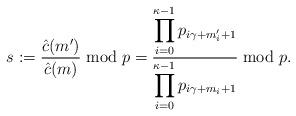
LaTeX: \begin{align*}s & := \frac{\hat c(m')}{\hat c(m)} \bmod p = \frac{\displaystyle\prod_{i=0}^{\kappa-1}p_{i\gamma+ m'_i + 1}}{\displaystyle\prod_{i=0}^{\kappa-1}p_{i\gamma+m_i + 1}} \bmod p.\end{align*}